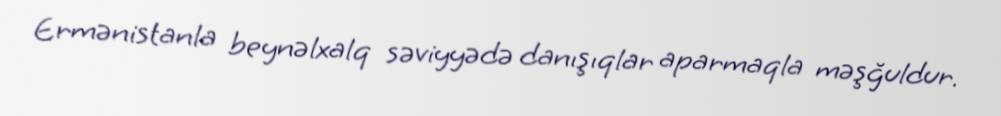
Ermənistanla beynəlxalq səviyyədə danışıqlar aparmaqla məşğuldur.